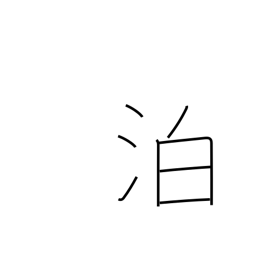
Meaning: ride at anchor